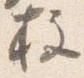
柱